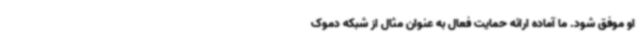
او موفق شود. ما آماده ارائه حمایت فعال به عنوان مثال از شبکه دموک